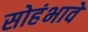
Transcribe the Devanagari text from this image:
सोहंभावे